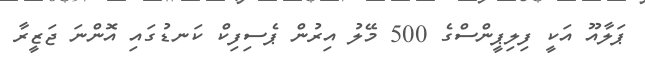
ޕަލާއޫ އަކީ ފިލިޕީންސްގެ 500 މޭލު އިރުން ޕެސިފިކް ކަނޑުގައި އޮންނަ ޖަޒީރާ